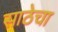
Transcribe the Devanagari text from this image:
साठेचा